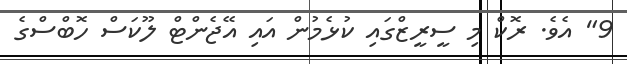
9" އެވެ. ރޮކް މި ސީރީޒްގައި ކުޅެމުން އައި އޭޖެންޓް ލޫކަސް ހޮބްސްގެ